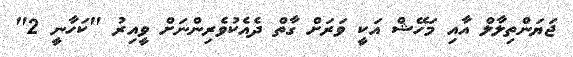
ޖަޔަންތިލާލް އާއި މަހޭޝް އަކީ ވަރަށް ގާތް ދެއެކުވެރިންނަށް ވީއިރު "ކަހާނީ 2"